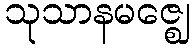
သုသာနမဇ္ဈေ